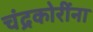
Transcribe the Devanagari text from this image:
चंद्रकोरींना